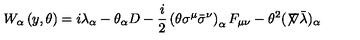
W _ { \alpha } \left( y , \theta \right) = i \lambda _ { \alpha } - \theta _ { \alpha } D - \frac { i } { 2 } \left( \theta \sigma ^ { \mu } \bar { \sigma } ^ { \nu } \right) _ { \alpha } F _ { \mu \nu } - \theta ^ { 2 } ( \not \! \nabla \bar { \lambda } ) _ { \alpha }